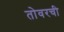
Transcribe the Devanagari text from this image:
तोवरची